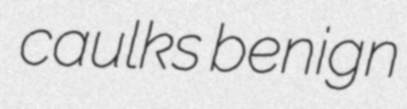
caulks benign